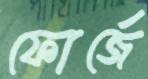
ফোর্জে